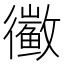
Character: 𱈑